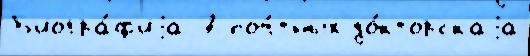
Б'иогра́ф'иjа 7 поч́тных до́кторскаjа